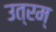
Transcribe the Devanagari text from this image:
उत्रम्